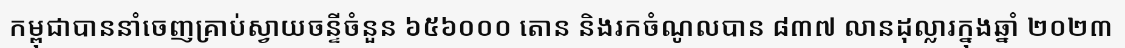
កម្ពុជាបាននាំចេញគ្រាប់ស្វាយចន្ទីចំនួន ៦៥៦០០០ តោន និងរកចំណូលបាន ៨៣៧ លានដុល្លារក្នុងឆ្នាំ ២០២៣